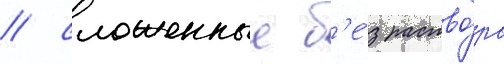
/ сложенные б'е́з раство́ра